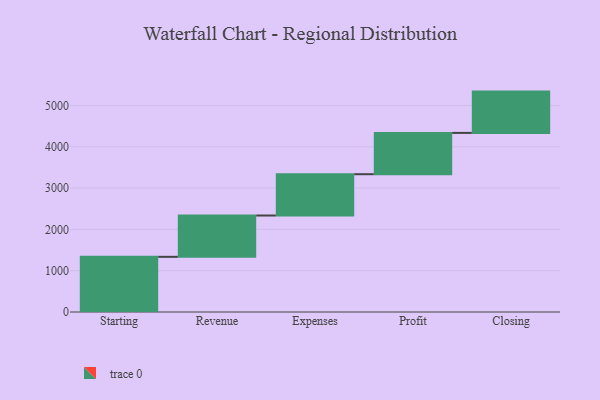
{"axis": {"x": "Step", "y": "Value"}, "legend": [""], "data": [{"x": "Starting", "y": 1336.0, "type": ""}, {"x": "Revenue", "y": 1000, "type": ""}, {"x": "Expenses", "y": 1000, "type": ""}, {"x": "Profit", "y": 1000, "type": ""}, {"x": "Closing", "y": 1000, "type": ""}]}